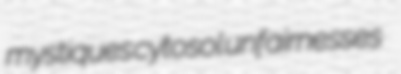
mystiques cytosol unfairnesses